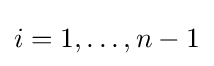
i=1,\dots ,n-1